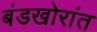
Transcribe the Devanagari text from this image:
बंडखोरांत